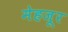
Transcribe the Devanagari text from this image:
मेहजूर